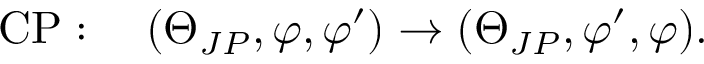
\mathrm { C P } : \quad ( \Theta _ { J P } , \varphi , \varphi ^ { \prime } ) \rightarrow ( \Theta _ { J P } , \varphi ^ { \prime } , \varphi ) .